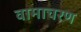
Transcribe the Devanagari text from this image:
वामाचरण